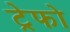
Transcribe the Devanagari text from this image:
ट्रेफो